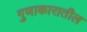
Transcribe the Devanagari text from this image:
गुणाकारातील